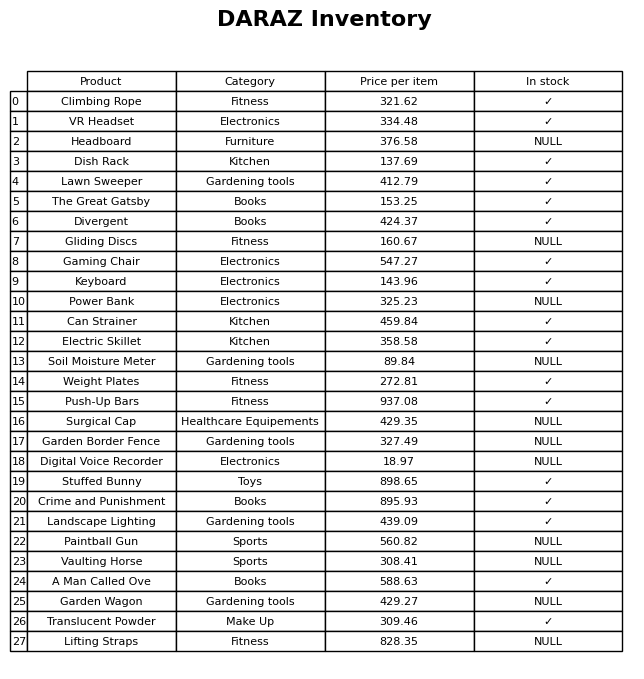
question: What is the price of the Power Bank?
answer: The price of Power Bank is 325.23.